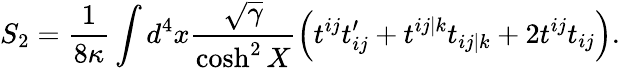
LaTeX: S_{2}=\frac{1}{8\kappa}\int d^{4}x\frac{\sqrt{\gamma}}{\cosh^{2}X}\left(t^{ij}t_{ij}^{\prime}+t^{ij\vert k}t_{ij\vert k}+2t^{ij}t_{ij}\right).